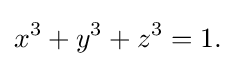
x^{3}+y^{3}+z^{3}=1.\